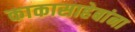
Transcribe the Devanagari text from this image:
काकासाहेबांना